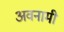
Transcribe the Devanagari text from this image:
अवनामी